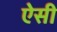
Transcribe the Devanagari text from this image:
ऐेसी